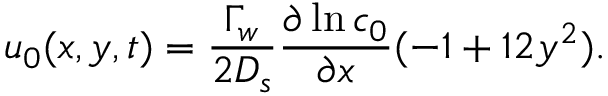
u _ { 0 } ( x , y , t ) = \frac { \Gamma _ { w } } { 2 D _ { s } } \frac { \partial \ln c _ { 0 } } { \partial x } ( - 1 + 1 2 y ^ { 2 } ) .